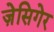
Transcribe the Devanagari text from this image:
ज़ेसिगेर